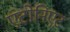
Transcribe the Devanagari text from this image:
एंटोनिएट